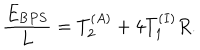
LaTeX: \frac { E _ { { \mathrm B P S } } } L = T _ { 2 } ^ { ( A ) } + 4 T _ { 1 } ^ { ( I ) } R .